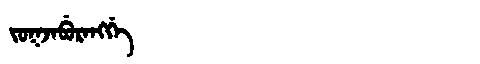
Manchu: ᠵᠣᡴᠵᠠᠪᡠᡵᠠᠩᡤᡝ
Romanization: JOKJABURANGGE